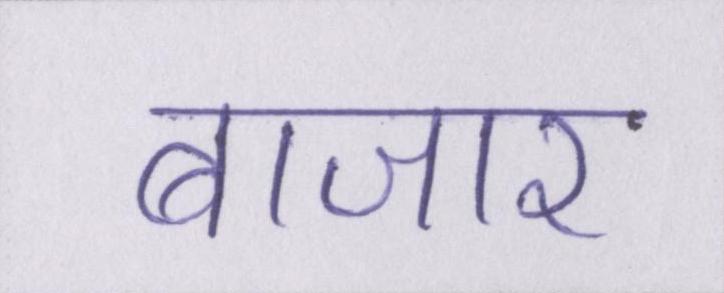
बाजार